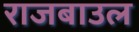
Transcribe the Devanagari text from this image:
राजबाउल